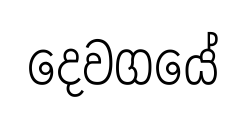
දෙවගයේ